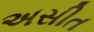
અસીત